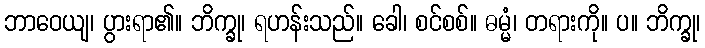
ဘာဝေယျ၊ ပွားရာ၏။ ဘိက္ခု၊ ရဟန်းသည်။ ခေါ၊ စင်စစ်။ ဓမ္မံ၊ တရားကို။ ပ။ ဘိက္ခု၊